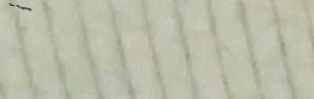
Auto Repair